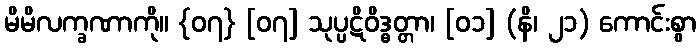
မိမိလက္ခဏာကို။ {၀၇} [၀၇] သုပ္ပဋိဝိဒ္ဓတ္တာ၊ [၀၁] (နိ၊ ၂၁) ကောင်းစွာ